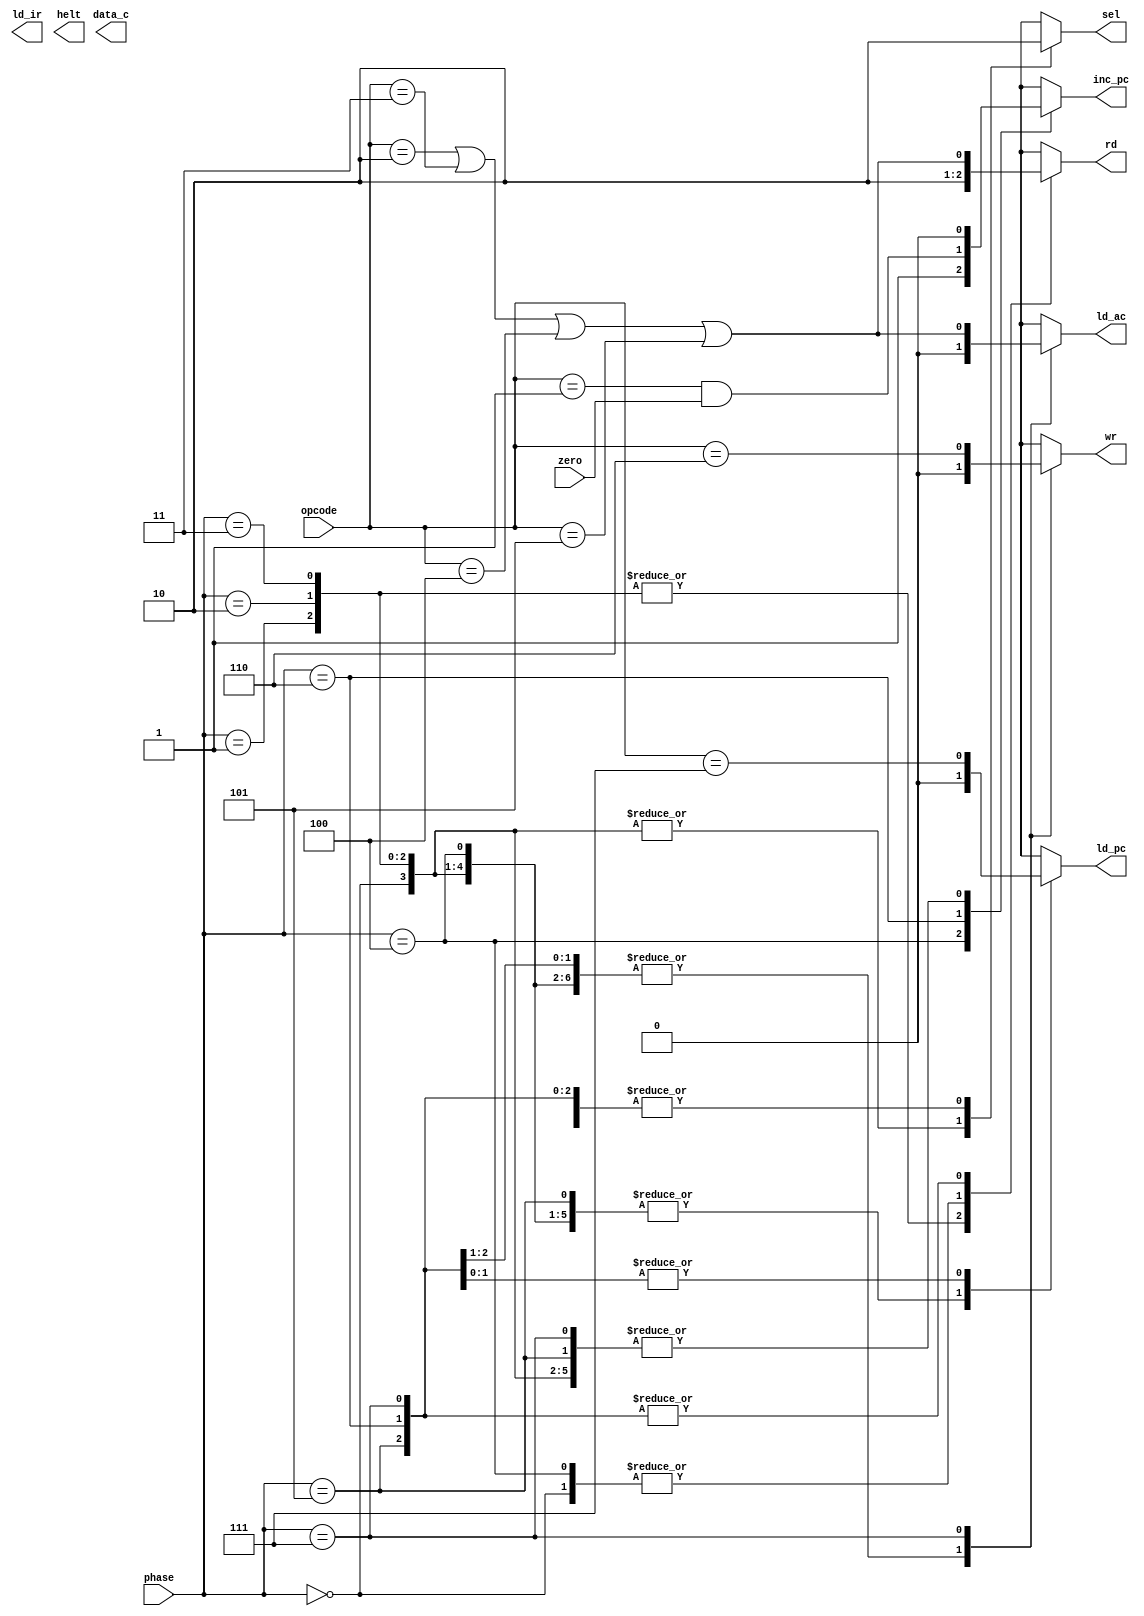
module control(
	input wire zero,
	input wire [2:0] phase,
	input wire [2:0] opcode,
	output reg sel,
	output reg rd,
	output reg ld_ir,
	output reg helt,
	output reg inc_pc,
	output reg ld_ac,
	output reg wr,
	output reg ld_pc,
	output reg data_c);
        reg H, Z, A, S, J; 
always @* 
 begin
	H = (opcode == 0);
	Z = (opcode == 1 && zero);
	A = (opcode == 2 || opcode == 3 || opcode == 4 || opcode == 5);
	S = (opcode == 6);
	J = (opcode == 7);

	 	case (phase)

	0:begin sel=1; rd=0; lds_ir=0; halt=0; inc_pc=0; ld_ac=0; ld_pc=0; wr=0; data_e=0;end
	1:begin sel=1; rd=1; lds_ir=0; halt=0; inc_pc=0; ld_ac=0; ld_pc=0; wr=0; data_e=0;end
	2:begin sel=1; rd=1; lds_ir=1; halt=0; inc_pc=0; ld_ac=0; ld_pc=0; wr=0; data_e=0;end
	3:begin sel=1; rd=1; lds_ir=1; halt=0; inc_pc=0; ld_ac=0; ld_pc=0; wr=0; data_e=0;end
	4:begin sel=0; rd=0; lds_ir=0; halt=H; inc_pc=1; ld_ac=0; ld_pc=0; wr=0; data_e=0;end
	5:begin sel=0; rd=A; lds_ir=0; halt=0; inc_pc=0; ld_ac=0; ld_pc=0; wr=0; data_e=0;end
	6:begin sel=0; rd=A; lds_ir=0; halt=0; inc_pc=Z; ld_ac=0; ld_pc=J; wr=0; data_e=S;end
	7:begin sel=0; rd=A; lds_ir=0; halt=0; inc_pc=0; ld_ac=A; ld_pc=J; wr=S; data_e=S;end
		endcase
 end
endmodule